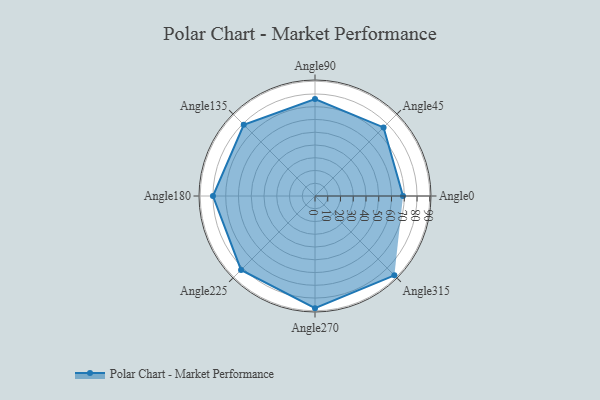
{"axis": {"x": "Angle", "y": "Radius"}, "legend": [""], "data": [{"x": "Angle0", "y": 69.0, "type": ""}, {"x": "Angle45", "y": 76.0, "type": ""}, {"x": "Angle90", "y": 76.0, "type": ""}, {"x": "Angle135", "y": 79.0, "type": ""}, {"x": "Angle180", "y": 80.0, "type": ""}, {"x": "Angle225", "y": 82.0, "type": ""}, {"x": "Angle270", "y": 88.0, "type": ""}, {"x": "Angle315", "y": 88.0, "type": ""}]}